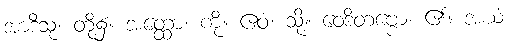
အာဒီသု၊ တို့၌။ အတ္ထော၊ ကို။ ဧဝံ၊ သို့။ ဝေဒိတဗ္ဗော၊ ၏။ အယံ